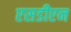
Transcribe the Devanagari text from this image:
एसडीएन